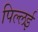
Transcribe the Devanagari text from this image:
पिल्‍लई